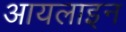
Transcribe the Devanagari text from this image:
आयलाइन